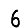
Digit: 6